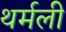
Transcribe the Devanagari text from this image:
थर्मली